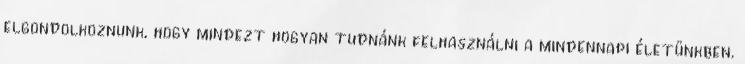
elgondolkoznunk, hogy mindezt hogyan tudnánk felhasználni a mindennapi életünkben.